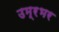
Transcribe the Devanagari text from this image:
उम्रभर